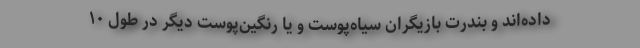
داده‌اند و بندرت بازیگران سیاه‌پوست و یا رنگین‌پوست دیگر در طول ۱۰